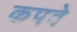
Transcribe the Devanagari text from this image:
कपवे